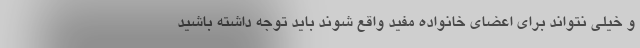
و خیلی نتواند برای اعضای خانواده مفید واقع شوند باید توجه داشته باشید